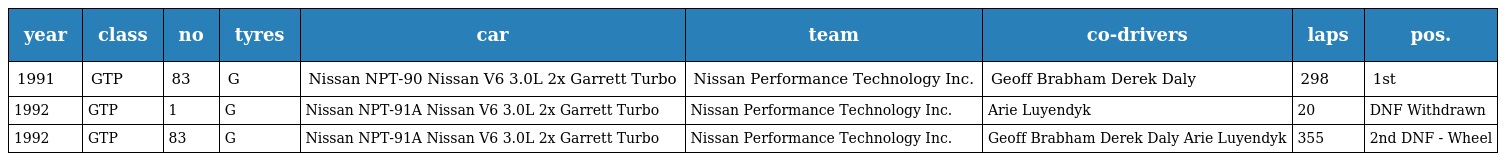
| year | class | no | tyres | car | team | co-drivers | laps | pos. |
 | --- | --- | --- | --- | --- | --- | --- | --- | --- |
 | 1991 | GTP | 83 | G | Nissan NPT-90 Nissan V6 3.0L 2x Garrett Turbo | Nissan Performance Technology Inc. | Geoff Brabham Derek Daly | 298 | 1st |
 | 1992 | GTP | 1 | G | Nissan NPT-91A Nissan V6 3.0L 2x Garrett Turbo | Nissan Performance Technology Inc. | Arie Luyendyk | 20 | DNF Withdrawn |
 | 1992 | GTP | 83 | G | Nissan NPT-91A Nissan V6 3.0L 2x Garrett Turbo | Nissan Performance Technology Inc. | Geoff Brabham Derek Daly Arie Luyendyk | 355 | 2nd DNF - Wheel |